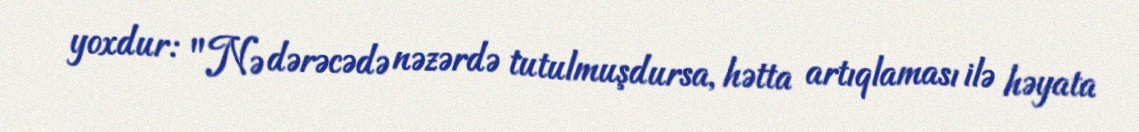
yoxdur: "Nə dərəcədə nəzərdə tutulmuşdursa, hətta artıqlaması ilə həyata